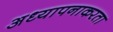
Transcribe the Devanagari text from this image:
अध्यापनाकरता